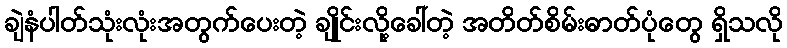
ချဲနံပါတ်သုံးလုံးအတွက်ပေးတဲ့ ချိုင်းလို့ခေါ်တဲ့ အတိတ်စိမ်းဓာတ်ပုံတွေ ရှိသလို